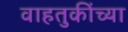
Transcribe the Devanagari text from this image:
वाहतुकींच्या